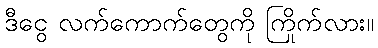
ဒီငွေ လက်ကောက်တွေကို ကြိုက်လား။